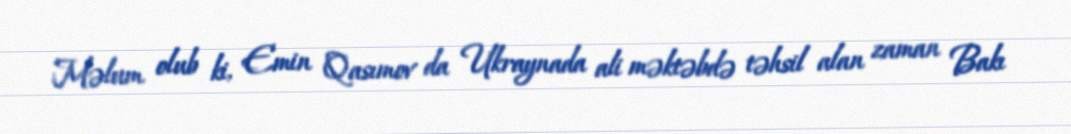
Məlum olub ki, Emin Qasımov da Ukraynada ali məktəbdə təhsil alan zaman Bakı